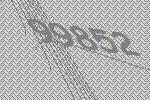
99852